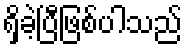
ရှိခဲ့ပြီဖြစ်ပါသည်